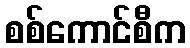
စစ်ကောင်စီက